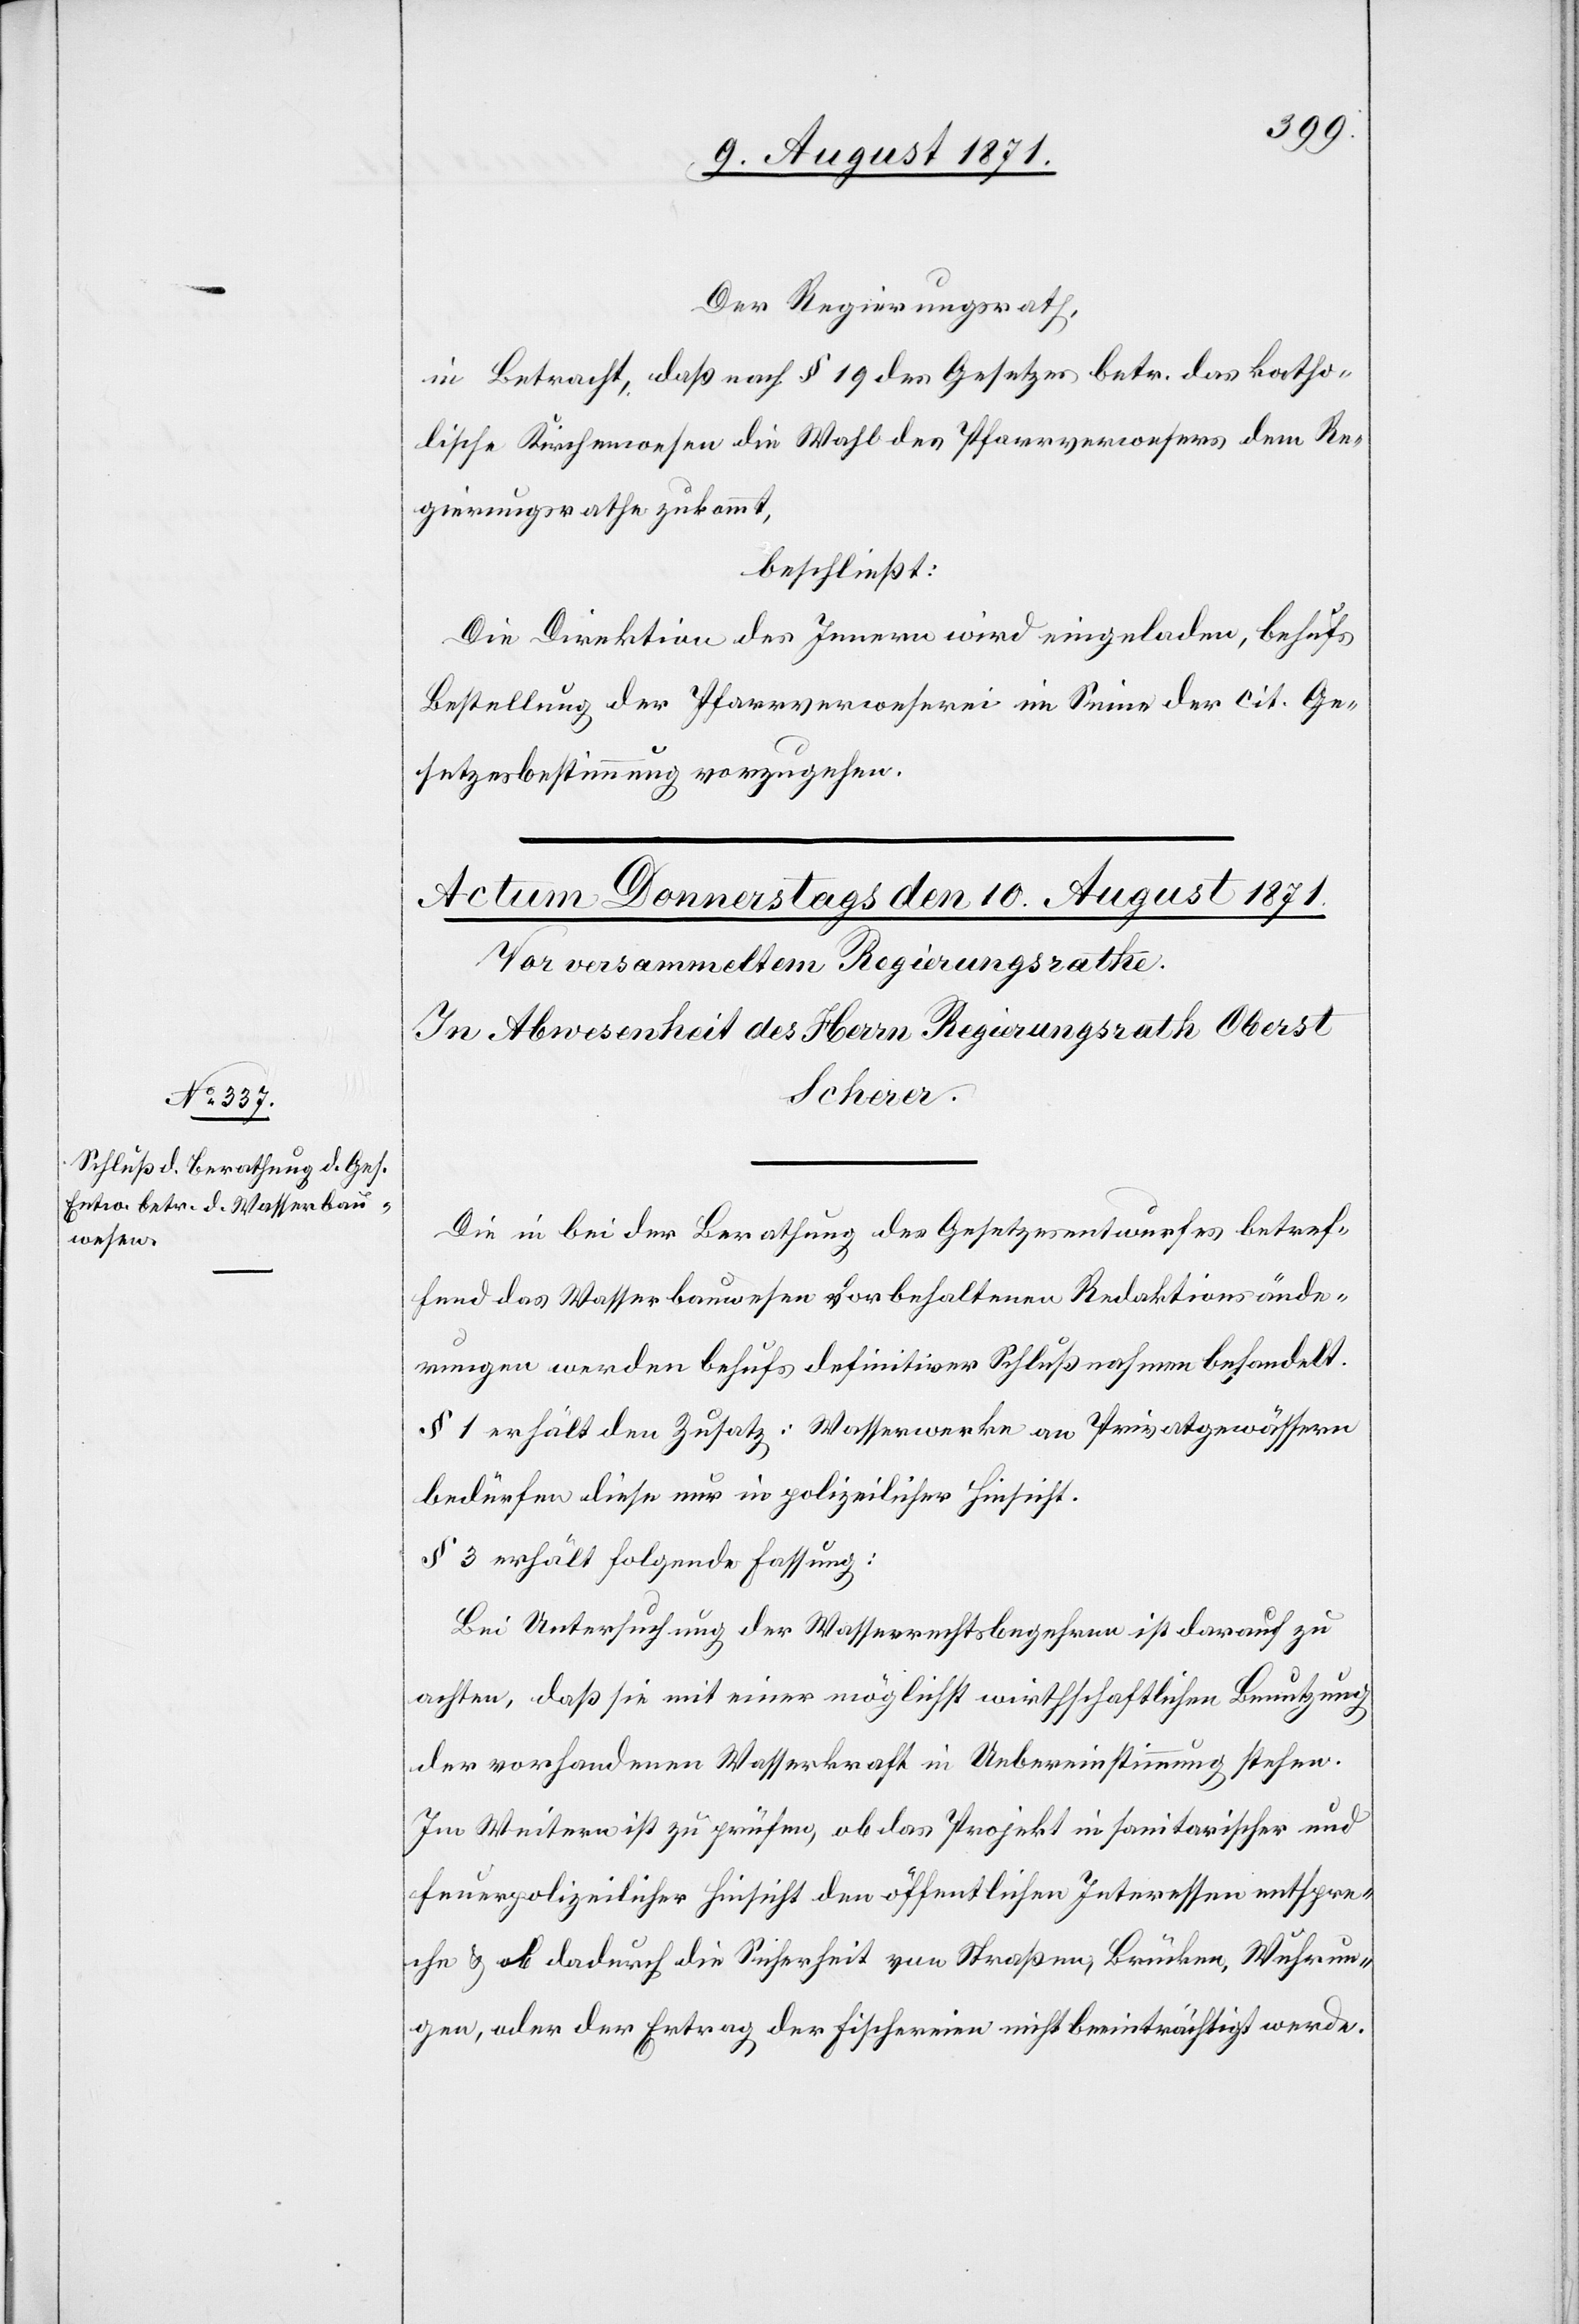
Der Regierungsrath,
in Betracht, daß nach § 19 des Gesetzes betr. das katho¬
lische Kirchenwesen die Wahl des Pfarrverwesers dem Re¬
gierungsrathe zukommt,
beschließt:
Die Direktion des Innern wird eingeladen, behelfs
Bestellung der Pfarrverweserei im Sinne der cit. Ge¬
setzesbestimmung vorzugehen.
Die in bei der Berathung des Gesetzesentwurfes betref¬
fend des Wasserbauwesen vorbehaltenen Redaktionsände¬
rungen werden behufs definitiver Schlußnahmen behandelt.
§ 1 erhält den Zustatz: Wasserwerke an Privatgewässern
bedürfen diese nur in polizeilicher Hinsicht.
§ 3 erhält folgende Fassung:
Bei Untersuchung der Wasserrechtsbegehren ist darauf zu
achten, daß sie mit einer möglichst wirthschaftlichen Benutzung
der vorhandenen Wasserkraft in Uebereinstimmung stehen.
Im Weiteren ist zu prüfen, ob das Projekt in sanitaerischer und
feuerpolizeilicher Hinsicht den öffentlichen Interessen entspre¬
che & ob dadurch die Sicherheit von Strassen, Brücken, Wuhrun¬
gen, oder der Ertrag der Fischereien nicht beeinträchtigt werde.